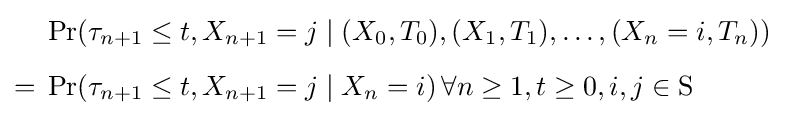
{\begin{aligned}&\Pr(\tau _{n+1}\leq t,X_{n+1}=j\mid (X_{0},T_{0}),(X_{1},T_{1}),\ldots ,(X_{n}=i,T_{n}))\\[5pt]={}&\Pr(\tau _{n+1}\leq t,X_{n+1}=j\mid X_{n}=i)\,\forall n\geq 1,t\geq 0,i,j\in \mathrm {S} \end{aligned}}